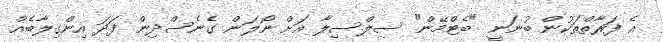
އެ ފަރާތްތަކުން ބުނަނީ "ބެޓްމޭން" ސިލްސިލާ އަށް ނޯލަން ގެނެސްދިން ފަދަ އިންގިލާބެއް